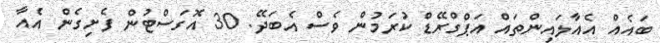
ބައެއް އެއާލައިންތައް އަޕްގްރޭޑް ކުރަމުން ވެސް އެބަދޭ. 30 އޮގަސްޓުން ފެށިގެން އެއާ